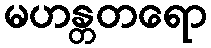
မဟန္တတရော